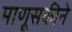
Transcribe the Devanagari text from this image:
माणूसकीने